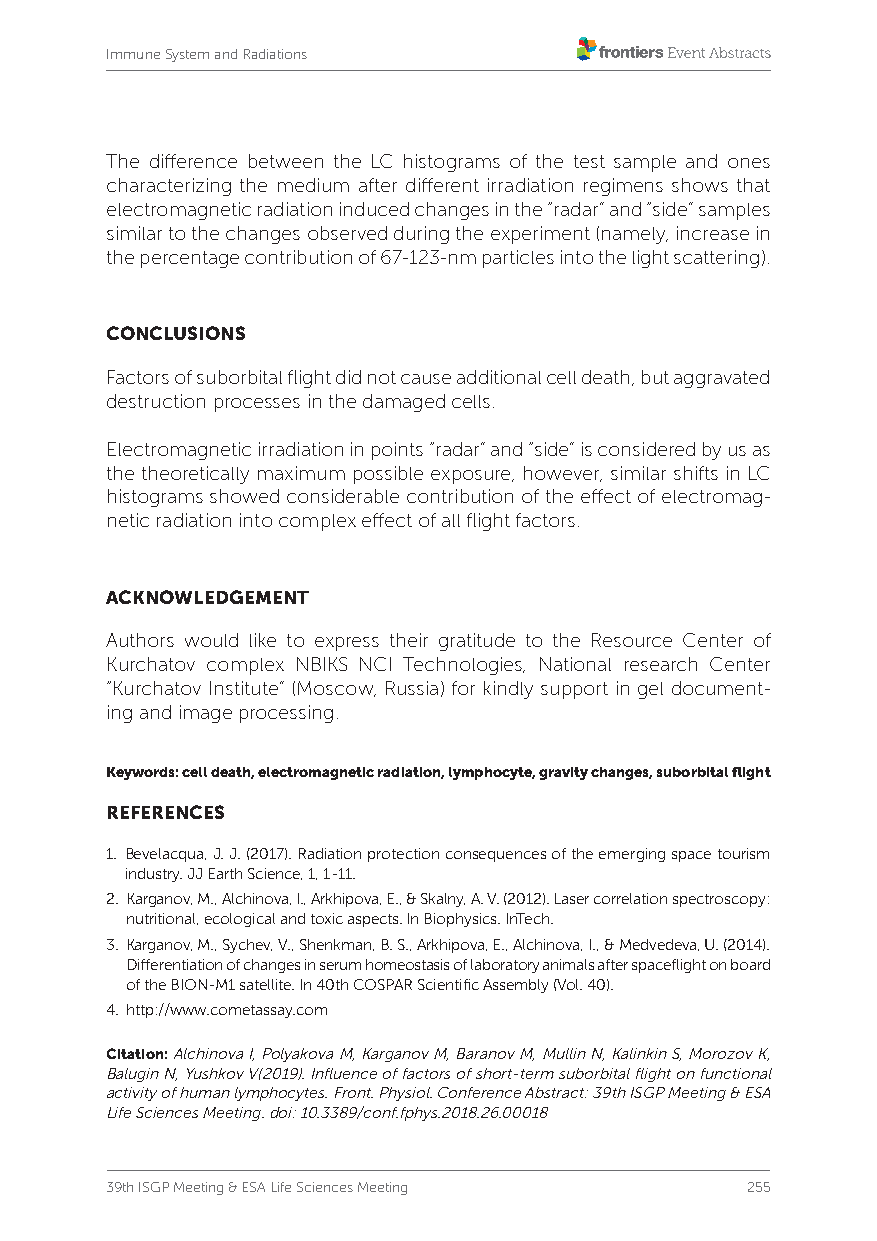
Immune System and Radiations
 The difference between the LC histograms of the test sample and ones
 characterizing the medium after different irradiation regimens shows that
 electromagnetic radiation induced changes in the “radar” and “side” samples
 similar to the changes observed during the experiment (namely, increase in
 the percentage contribution of 67-123-nm particles into the light scattering).
 CONCLUSIONS
 Factors of suborbital flight did not cause additional cell death, but aggravated
 destruction processes in the damaged cells.
 Electromagnetic irradiation in points “radar” and “side” is considered by us as
 the theoretically maximum possible exposure, however, similar shifts in LC
 histograms showed considerable contribution of the effect of electromag-
 netic radiation into complex effect of all flight factors.
 ACKNOWLEDGEMENT
 Authors would like to express their gratitude to the Resource Center of
 Kurchatov complex NBIKS NCI Technologies, National research Center
 “Kurchatov Institute” (Moscow, Russia) for kindly support in gel document-
 ing and image processing.
 Keywords: cell death, electromagnetic radiation, lymphocyte, gravity changes, suborbital flight
 REFERENCES
 1. Bevelacqua, J. J. (2017). Radiation protection consequences of the emerging space tourism
 industry. JJ Earth Science, 1, 1-11.
 2. Karganov, M., Alchinova, I., Arkhipova, E., & Skalny, A. V. (2012). Laser correlation spectroscopy:
 nutritional, ecological and toxic aspects. In Biophysics. InTech.
 3. K arganov, M., Sychev, V., Shenkman, B. S., Arkhipova, E., Alchinova, I., & Medvedeva, U. (2014).
 Differentiation of changes in serum homeostasis of laboratory animals after spaceflight on board
 of the BION-M1 satellite. In 40th COSPAR Scientific Assembly (Vol. 40).
 4. http://www.cometassay.com
 Citation: Alchinova I, Polyakova M, Karganov M, Baranov M, Mullin N, Kalinkin S, Morozov K,
 Balugin N, Yushkov V(2019). Influence of factors of short-term suborbital flight on functional
 activity of human lymphocytes. Front. Physiol. Conference Abstract: 39th ISGP Meeting & ESA
 Life Sciences Meeting. doi: 10.3389/conf.fphys.2018.26.00018
 39th ISGP Meeting & ESA Life Sciences Meeting 255